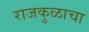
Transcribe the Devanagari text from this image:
राजकुळाचा